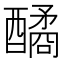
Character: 䤎